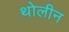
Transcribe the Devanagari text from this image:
थोलीन